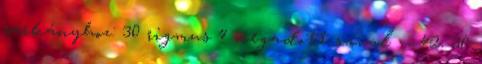
sárkányhoz: 30 rigmus 4 megadott szóval -- 42. 30